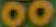
00